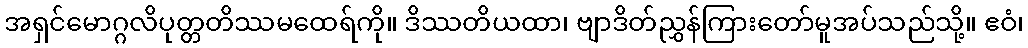
အရှင်မောဂ္ဂလိပုတ္တတိဿမထေရ်ကို။ ဒိဿတိယထာ၊ ဗျာဒိတ်ညွှန်ကြားတော်မူအပ်သည်သို့။ ဧဝံ၊